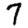
Digit: 7